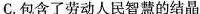
C.包含了劳动人民智慧的结晶